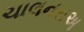
ચાલનરાઅ